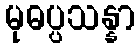
မုဓပ္ပသန္နာ